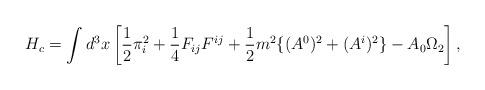
LaTeX: \begin{align*}H_c = \int d^3x \left[ \frac{1}{2} \pi_i^2 + \frac{1}{4} F_{ij} F^{ij} + \frac{1}{2} m^2 \{ (A^0)^2 + (A^i)^2 \} - A_0\Omega_2 \right],\end{align*}